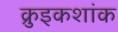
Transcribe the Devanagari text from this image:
क्रुइकशांक